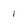
Character: i